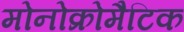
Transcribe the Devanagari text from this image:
मोनोक्रोमैटिक